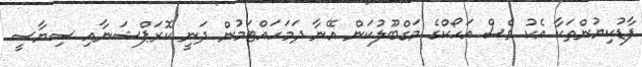
ފާޑުކިޔުންތަކާ އެކު ވެސް އަހޯކްގެ މަގްބޫލުކަން އޭނާ ދަމަހައްޓަމުން ދަނީ ކޮރަޕްޝަނާއި ސިޔާސީ